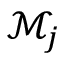
{ \mathcal { M } } _ { j }